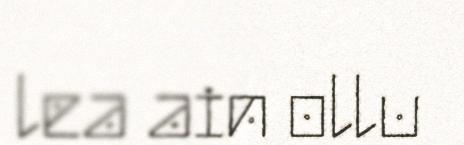
lea ain ollu